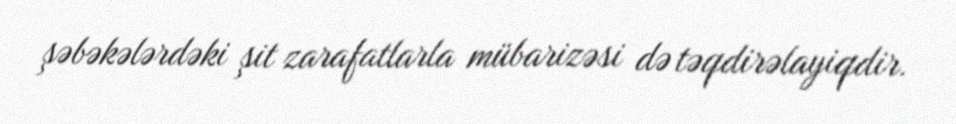
şəbəkələrdəki şit zarafatlarla mübarizəsi də təqdirəlayiqdir.